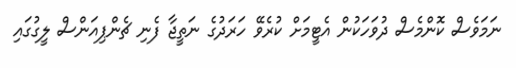
ނަމަވެސް ކޮންމެސް ދުވަހަކުން އެޓީމަށް ކުރެވޭ ހަރަދުގެ ނަތީޖާ ފެނި ޗެންޕިއަންސް ލީގުގައި